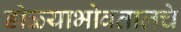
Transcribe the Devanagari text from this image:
डोळ्याभोवतालचे